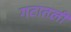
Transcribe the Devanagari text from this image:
गटातली